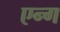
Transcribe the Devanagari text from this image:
एन्ग